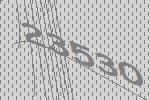
23530